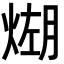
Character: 𪹆